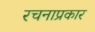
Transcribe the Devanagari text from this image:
रचनाप्रकार